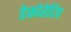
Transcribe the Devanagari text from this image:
डेकोरेटिव